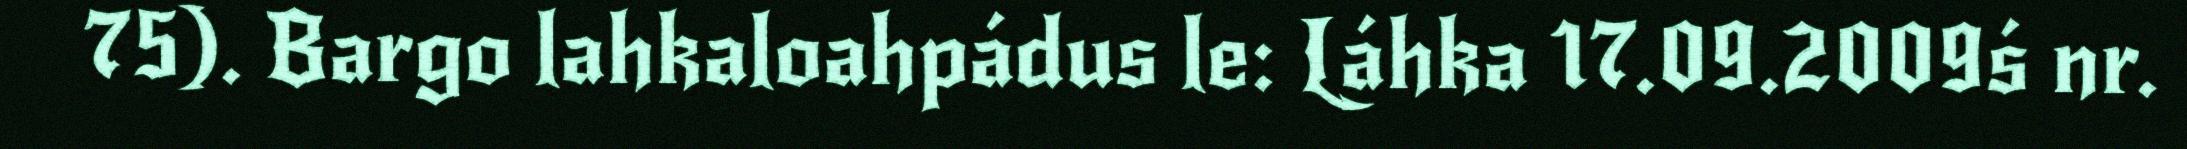
75). Bargo lahkaloahpádus le: Láhka 17.09.2009ś nr.